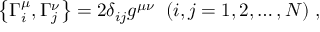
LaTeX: \left\{ \Gamma _ { i } ^ { \mu } , \Gamma _ { j } ^ { \nu } \right\} = 2 \delta _ { i j } g ^ { \mu \nu } \; \; ( i , j = 1 , 2 , \ldots , N ) \; ,